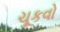
ચૂકવો